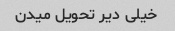
خیلی دیر تحویل میدن